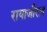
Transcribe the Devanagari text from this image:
रायाजीराव